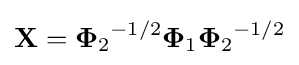
\mathbf {X} ={\mathbf {\Phi } _{2}}^{-1/2}{\mathbf {\Phi } _{1}}{\mathbf {\Phi } _{2}}^{-1/2}